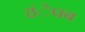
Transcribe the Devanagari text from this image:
ठंेपब